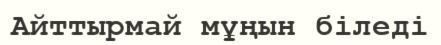
Айттырмай мұңын біледі